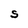
Character: S